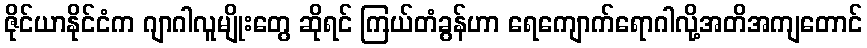
ဇိုင်ယာနိုင်ငံက ဂျာဂါလူမျိုးတွေ ဆိုရင် ကြယ်တံခွန်ဟာ ရေကျောက်ရောဂါလို့အတိအကျတောင်